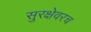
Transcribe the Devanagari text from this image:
सुरक्षेवरच